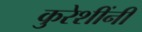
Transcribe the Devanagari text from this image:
कुरेशींनी